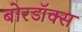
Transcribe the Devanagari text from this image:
बोरडॉक्स